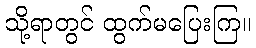
သို့ရာတွင် ထွက်မပြေးကြ။